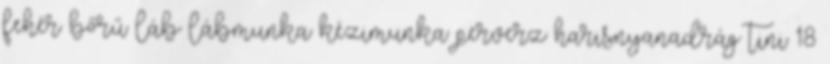
fehér bőrű láb lábmunka kézimunka perverz harisnyanadrág tini 18